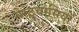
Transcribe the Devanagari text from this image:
मेरठवासियों